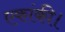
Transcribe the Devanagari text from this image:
एकांकी।